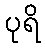
ပုရိ